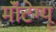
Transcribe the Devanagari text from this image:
मॉंटेग्यू